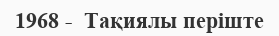
1968 -  Тақиялы періште